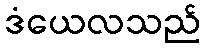
ဒံယေလသည်